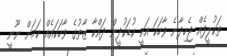
ތަކުލީފެއް ޖެހިދާނެ ވާހަކަ އަކީ ކުޑަކުދީން ދައްކާ ޒާތުގެ ވާހަކައެއް ކަމަށް ނޫނީ